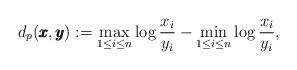
LaTeX: \begin{align*}d_p(\pmb{x},\pmb{y}):=\max_{1\leq i\leq n}\log\frac{x_i}{y_i}- \min_{1\leq i\leq n}\log\frac{x_i}{y_i},\end{align*}